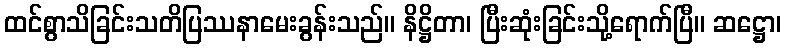
ထင်စွာသိခြင်းသတိပြဿနာမေးခွန်းသည်။ နိဋ္ဌိတာ၊ ပြီးဆုံးခြင်းသို့ရောက်ပြီ။ ဆဋ္ဌော၊